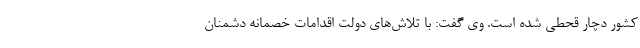
کشور دچار قحطی شده است. وی گفت: با تلاش‌های دولت اقدامات خصمانه دشمنان